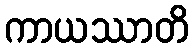
ကာယဿာတိ